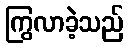
ကြွလာခဲ့သည်